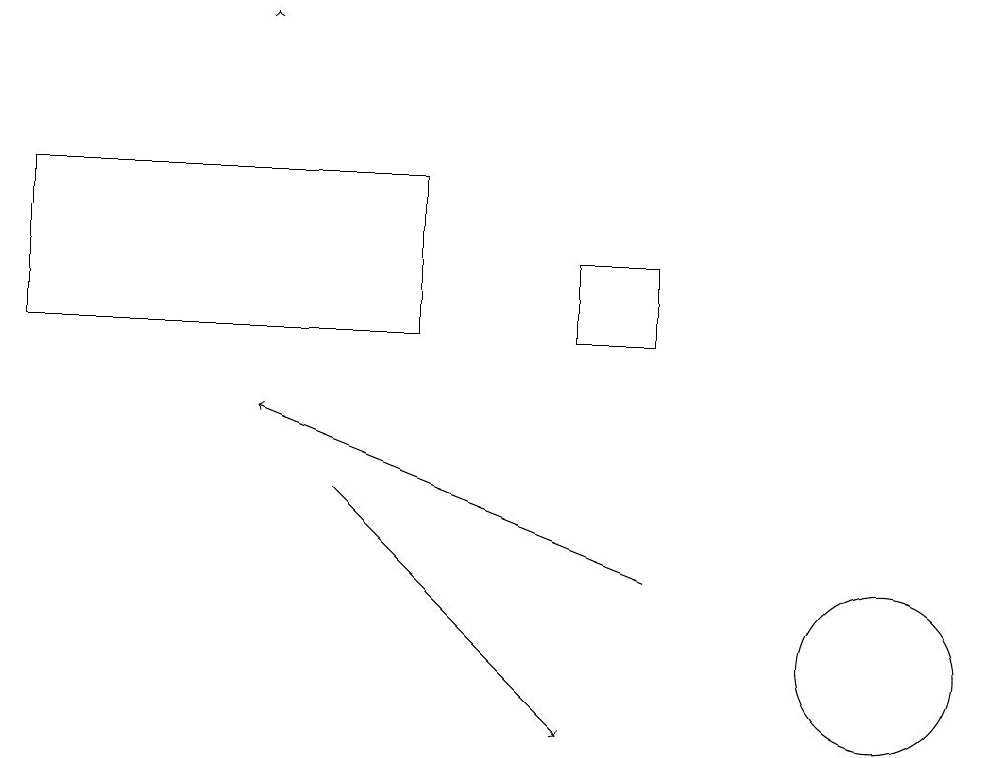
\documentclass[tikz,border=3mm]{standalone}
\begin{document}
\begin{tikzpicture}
\draw[->] (8,12) -- (3,14);
\draw[->] (4,13) -- (7,10);
\draw[->] (3,19) -- (3,19);
\draw (5,15) rectangle (0,17);
\draw (8,15) rectangle (7,16);
\draw (11,11) circle (1);
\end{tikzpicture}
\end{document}